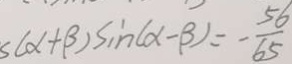
s ( x + \beta ) \sin ( \alpha - \beta ) = - \frac { 5 6 } { 6 5 }